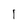
Character: I